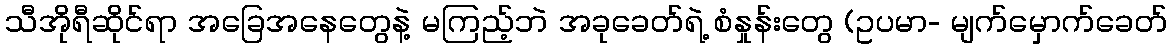
သီအိုရီဆိုင်ရာ အခြေအနေတွေနဲ့ မကြည့်ဘဲ အခုခေတ်ရဲ့ စံနှုန်းတွေ (ဥပမာ- မျက်မှောက်ခေတ်